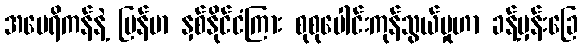
အမေရိကန်နဲ့ မြန်မာ နှစ်နိုင်ငံကြား စုစုပေါင်းကုန်သွယ်မှုဟာ ခန့်မှန်းခြေ